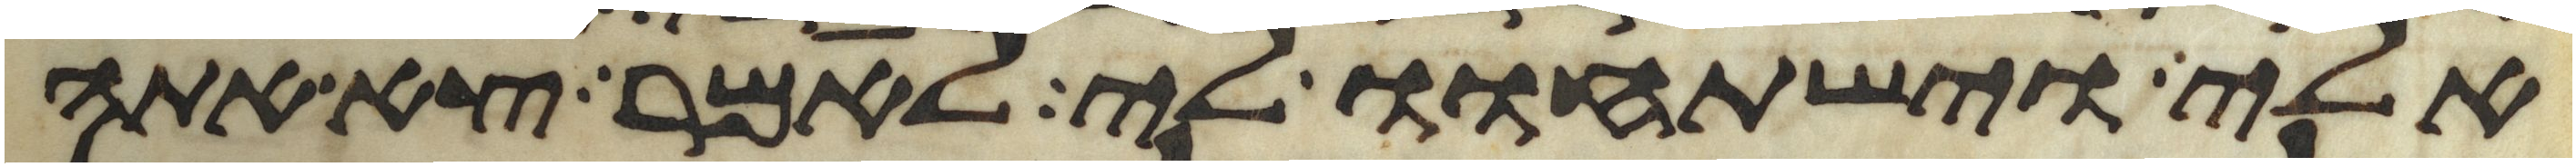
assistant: אלי וישתחוו לי לאמר צא אתה